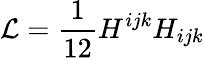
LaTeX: {\cal L}={\frac{1}{12}}{H^{ijk}H_{ijk}}